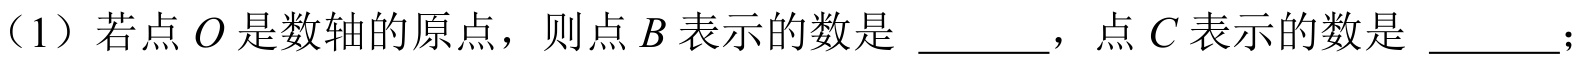
（1）若点 \(O\) 是数轴的原点，则点 \(B\) 表示的数是 \(\underline{\quad\quad}\)，点 \(C\) 表示的数是 \(\underline{\quad\quad}\)；